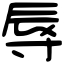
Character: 辱